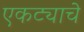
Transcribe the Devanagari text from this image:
एकट्याचे